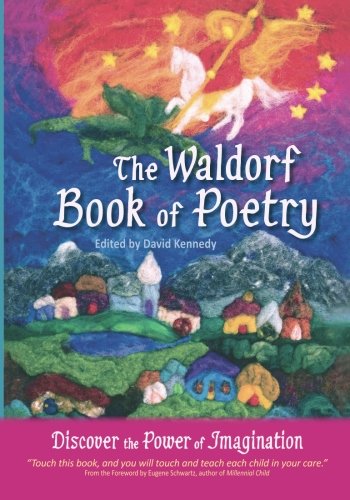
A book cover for The Waldorf Book of Poetry:  Discover the Power of Imagination; David Kennedy; Literature & Fiction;